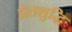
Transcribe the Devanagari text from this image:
प्रेतशुद्धि